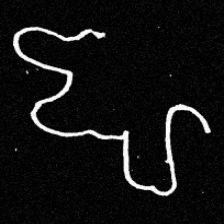
Pyu character \u2014 Myanmar letter: ဈ (romanized: jha)